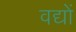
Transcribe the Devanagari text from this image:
वद्यों